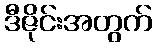
ဒီဇိုင်းအတွက်